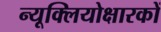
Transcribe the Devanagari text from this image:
न्यूक्लियोक्षारकों